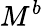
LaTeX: M^{b}